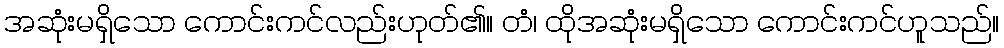
အဆုံးမရှိသော ကောင်းကင်လည်းဟုတ်၏။ တံ၊ ထိုအဆုံးမရှိသော ကောင်းကင်ဟူသည်။